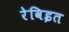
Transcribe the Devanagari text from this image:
रेविइत